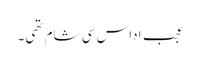
عجب اداس سی شام تھی۔